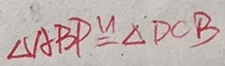
\Delta A B P \cong \Delta D O B